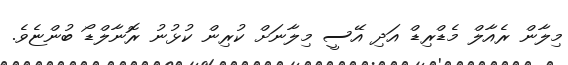
މިލާން ރެއާލް މެޑްރިޑް އަދި އޭސީ މިލާނަށް ކުރިން ކުޅުނު ރޮނާލްޑޯ ބުންޏެވެ.